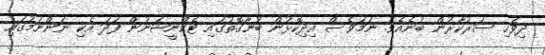
ދިވެހި ސަރުކާރުން ބުނެއެވެ. ނަމަވެސް އިދިކޮޅުން ބުނާގޮތުގައި ޓެކްނީޝަނުން ފަދަ އެކި ނަންނަމުގައި